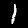
Digit: 1